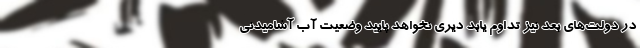
در دولت‌هاي بعد نيز تداوم يابد ديري نخواهد پاييد وضعيت آب آشاميدني